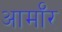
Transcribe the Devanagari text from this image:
आर्माॅर